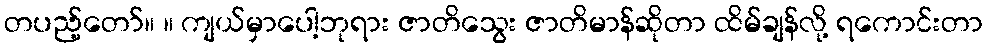
တပည့်တော်။ ။ ကျယ်မှာပေါ့ဘုရား ဇာတိသွေး ဇာတိမာန်ဆိုတာ ထိမ်ချန်လို့ ရကောင်းတာ